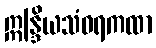
ဣန္ဒြိယသံဝရကထာ